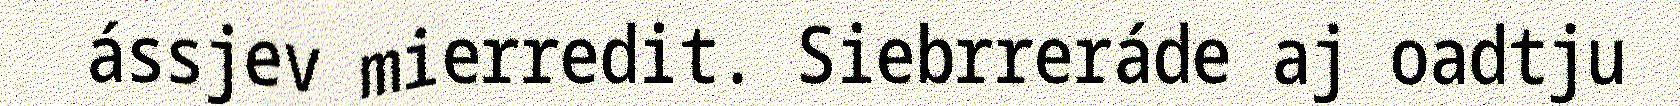
ássjev mierredit. Siebrreráde aj oadtju